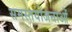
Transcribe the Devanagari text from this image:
समस्तयोजनाओं